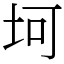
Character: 坷